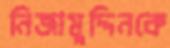
নিজামুদ্দিনকে